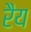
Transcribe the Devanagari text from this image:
रैय